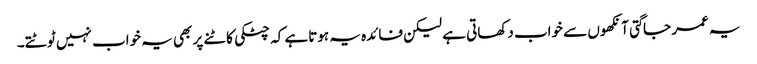
یہ عمر جاگتی آنکھوں سے خواب دکھاتی ہے لیکن فائدہ یہ ہوتاہے کہ چٹکی کاٹنے پر بھی یہ خواب نہیں ٹوٹتے۔